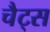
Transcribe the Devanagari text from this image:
चैट्स